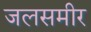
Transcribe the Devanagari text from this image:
जलसमीर